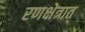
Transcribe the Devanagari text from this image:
रणक्षेत्रात